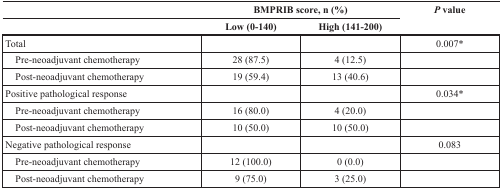
<table><thead><tr><td></td><td colspan="2"><b>BMPRIB score, n (%)</b></td><td rowspan="2"><b>P value</b></td></tr><tr><td></td><td><b>Low (0-140)</b></td><td><b>High (141-200)</b></td></tr></thead><tbody><tr><td>Total</td><td></td><td></td><td>0.007*</td></tr><tr><td> Pre-neoadjuvant chemotherapy</td><td>28 (87.5)</td><td>4 (12.5)</td><td></td></tr><tr><td> Post-neoadjuvant chemotherapy</td><td>19 (59.4)</td><td>13 (40.6)</td><td></td></tr><tr><td>Positive pathological response</td><td></td><td></td><td>0.034*</td></tr><tr><td> Pre-neoadjuvant chemotherapy</td><td>16 (80.0)</td><td>4 (20.0)</td><td></td></tr><tr><td> Post-neoadjuvant chemotherapy</td><td>10 (50.0)</td><td>10 (50.0)</td><td></td></tr><tr><td>Negative pathological response</td><td></td><td></td><td>0.083</td></tr><tr><td> Pre-neoadjuvant chemotherapy</td><td>12 (100.0)</td><td>0 (0.0)</td><td></td></tr><tr><td> Post-neoadjuvant chemotherapy</td><td>9 (75.0)</td><td>3 (25.0)</td><td></td></tr></tbody></table>